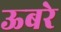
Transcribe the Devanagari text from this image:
ऊबरे